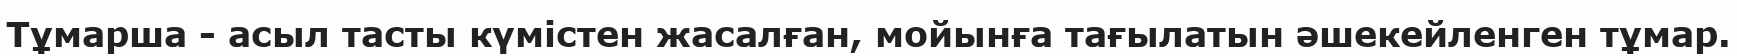
Тұмарша - асыл тасты күмістен жасалған, мойынға тағылатын әшекейленген тұмар.